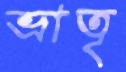
ভ্রাতৃ